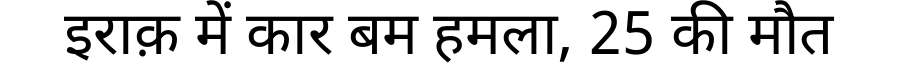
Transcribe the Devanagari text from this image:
इराक़ में कार बम हमला, 25 की मौत